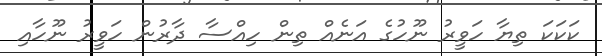
ކަކަކަ ތިޔާ ހަވީރު ނޫހުގެ އަނެއް ތިން ހިއްސާ ދާރުން ހަވީރު ނޫހާއި